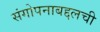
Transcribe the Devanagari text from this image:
संगोपनाबद्दलची